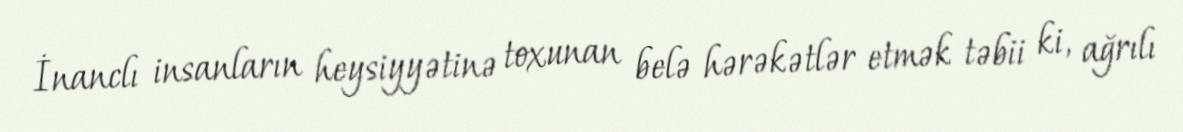
İnanclı insanların heysiyyətinə toxunan belə hərəkətlər etmək təbii ki, ağrılı